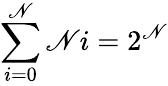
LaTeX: \sum\limits_{i=0}^{\mathscr{N}}\mathscr{N}i=2^{\mathscr{N}}